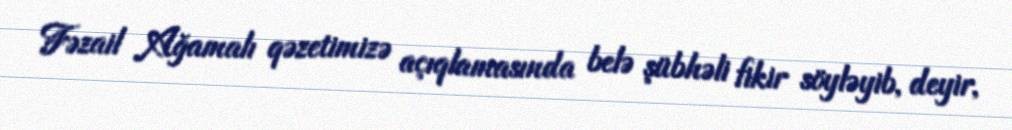
Fəzail Ağamalı qəzetimizə açıqlamasında belə şübhəli fikir söyləyib, deyir,